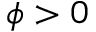
\phi > 0